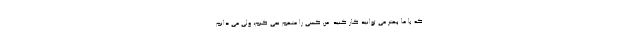
که با ما بهتر می توانید کار کنید. من کسی را متهم نمی کنم، ولی می دانم